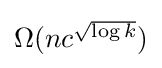
{\textstyle \Omega (nc^{\sqrt {\log k}})}